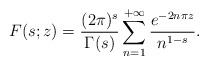
LaTeX: \begin{align*}F(s;z)=\frac{(2\pi )^{s}}{\Gamma (s)} \sum _{n=1}^{+\infty }\frac{e^{-2n\pi z}}{n^{1-s}}.\end{align*}